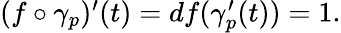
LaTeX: \begin{array}{r}{(f\circ\gamma_{p})^{\prime}(t)=df(\gamma_{p}^{\prime}(t))=1.}\end{array}